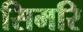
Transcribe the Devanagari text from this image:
सिमरि